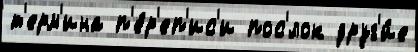
т'ерм'ина п'е́р'еп'ис'и пос'́лок друг'и́е